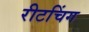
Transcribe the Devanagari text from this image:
रीटचिंग